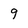
Character: 9